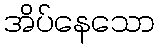
အိပ်နေသော